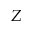
Z